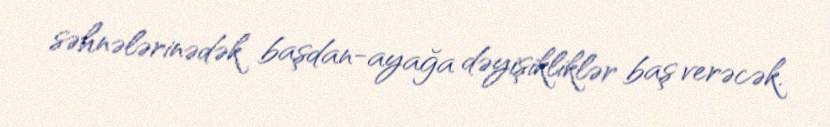
səhnələrinədək başdan-ayağa dəyişikliklər baş verəcək.